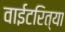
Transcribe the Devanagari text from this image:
वाईटरित्या